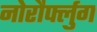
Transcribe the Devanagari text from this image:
नोरौर्फ्लुग